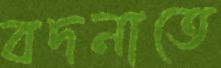
বদনাতে